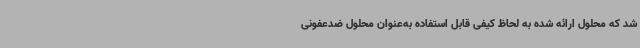
شد که محلول ارائه شده به لحاظ کیفی قابل استفاده به‌عنوان محلول ضدعفونی